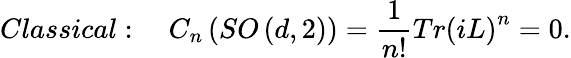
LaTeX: Classical:\quad C_{n}\left(SO\left(d,2\right)\right)=\frac{1}{n!}Tr\left(iL\right)^{n}=0.